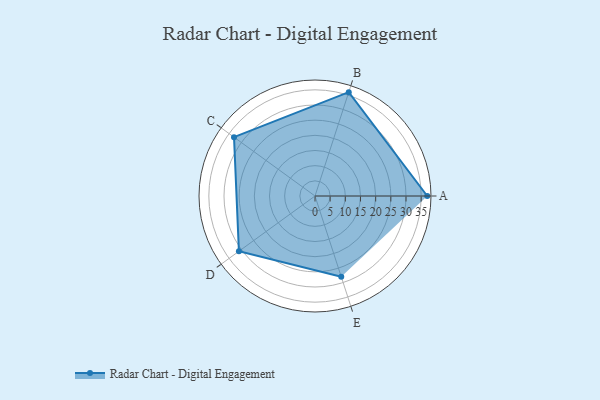
{"axis": {"x": "Skill", "y": "Score"}, "legend": ["Profile"], "data": [{"x": "A", "y": 37.0, "type": "Profile"}, {"x": "B", "y": 36.0, "type": "Profile"}, {"x": "C", "y": 33.0, "type": "Profile"}, {"x": "D", "y": 31.0, "type": "Profile"}, {"x": "E", "y": 28.0, "type": "Profile"}]}